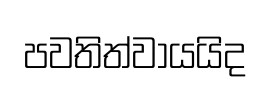
පවතිත්වායයිද